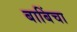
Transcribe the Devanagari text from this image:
बाबिंचा